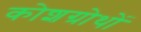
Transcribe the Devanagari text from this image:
कोशग्रोथों